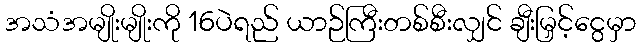
အသံအမျိုးမျိုးကို 16ပဲရည် ယာဉ်ကြီးတစ်စီးလျှင် ချီးမြှင့်ငွေမှာ